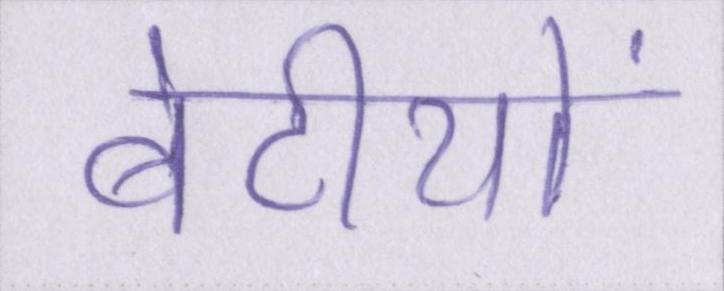
बेटीयों